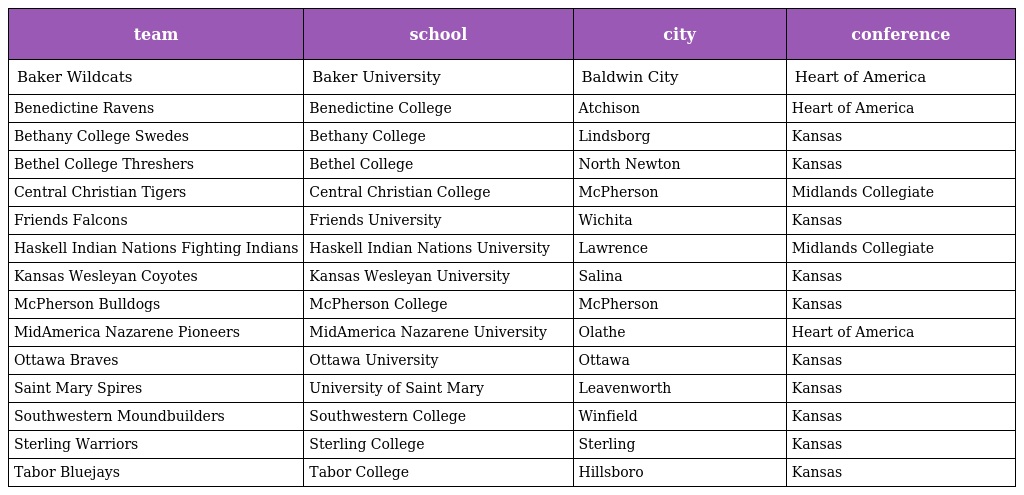
| team | school | city | conference |
 | --- | --- | --- | --- |
 | Baker Wildcats | Baker University | Baldwin City | Heart of America |
 | Benedictine Ravens | Benedictine College | Atchison | Heart of America |
 | Bethany College Swedes | Bethany College | Lindsborg | Kansas |
 | Bethel College Threshers | Bethel College | North Newton | Kansas |
 | Central Christian Tigers | Central Christian College | McPherson | Midlands Collegiate |
 | Friends Falcons | Friends University | Wichita | Kansas |
 | Haskell Indian Nations Fighting Indians | Haskell Indian Nations University | Lawrence | Midlands Collegiate |
 | Kansas Wesleyan Coyotes | Kansas Wesleyan University | Salina | Kansas |
 | McPherson Bulldogs | McPherson College | McPherson | Kansas |
 | MidAmerica Nazarene Pioneers | MidAmerica Nazarene University | Olathe | Heart of America |
 | Ottawa Braves | Ottawa University | Ottawa | Kansas |
 | Saint Mary Spires | University of Saint Mary | Leavenworth | Kansas |
 | Southwestern Moundbuilders | Southwestern College | Winfield | Kansas |
 | Sterling Warriors | Sterling College | Sterling | Kansas |
 | Tabor Bluejays | Tabor College | Hillsboro | Kansas |